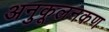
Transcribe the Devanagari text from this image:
अनुकूलनकण